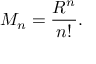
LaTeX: M _ { n } = { \frac { R ^ { n } } { n ! } } .